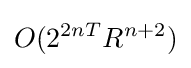
O(2^{2nT}R^{n+2})